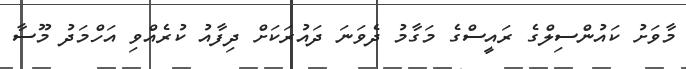
މާވަށު ކައުންސިލްގެ ރައީސްގެ މަގާމު ދެވަނަ ދައުރަކަށް ދިފާއު ކުރެއްވި އަހްމަދު މޫސާ